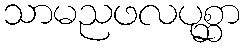
သာမညဖလပုစ္ဆာ